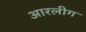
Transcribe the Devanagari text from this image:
आरलीग